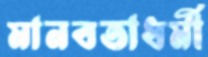
মানবতাধর্মী